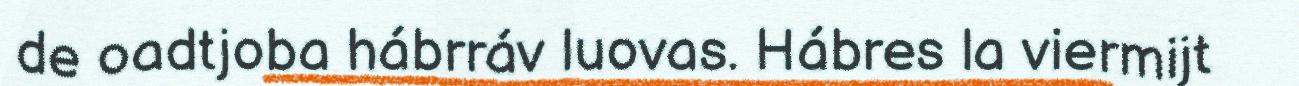
de oadtjoba hábrráv luovas. Hábres la viermijt